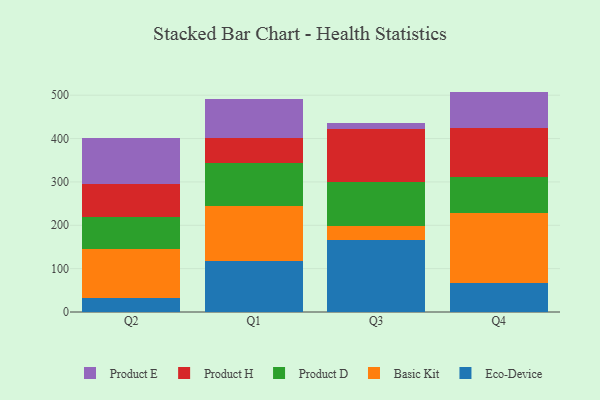
{"axis": {"x": "Quarter", "y": "Bounce Rate (%)"}, "legend": ["Basic Kit", "Eco-Device", "Product D", "Product E", "Product H"], "data": [{"x": "Q2", "y": 31.6, "type": "Eco-Device"}, {"x": "Q2", "y": 113.1, "type": "Basic Kit"}, {"x": "Q2", "y": 74.6, "type": "Product D"}, {"x": "Q2", "y": 74.9, "type": "Product H"}, {"x": "Q2", "y": 106.3, "type": "Product E"}, {"x": "Q1", "y": 116.7, "type": "Eco-Device"}, {"x": "Q1", "y": 127.6, "type": "Basic Kit"}, {"x": "Q1", "y": 99.4, "type": "Product D"}, {"x": "Q1", "y": 57.6, "type": "Product H"}, {"x": "Q1", "y": 89.1, "type": "Product E"}, {"x": "Q3", "y": 166.8, "type": "Eco-Device"}, {"x": "Q3", "y": 32.3, "type": "Basic Kit"}, {"x": "Q3", "y": 100.8, "type": "Product D"}, {"x": "Q3", "y": 121.2, "type": "Product H"}, {"x": "Q3", "y": 15.1, "type": "Product E"}, {"x": "Q4", "y": 66.0, "type": "Eco-Device"}, {"x": "Q4", "y": 163.2, "type": "Basic Kit"}, {"x": "Q4", "y": 81.9, "type": "Product D"}, {"x": "Q4", "y": 114.2, "type": "Product H"}, {"x": "Q4", "y": 83.0, "type": "Product E"}]}